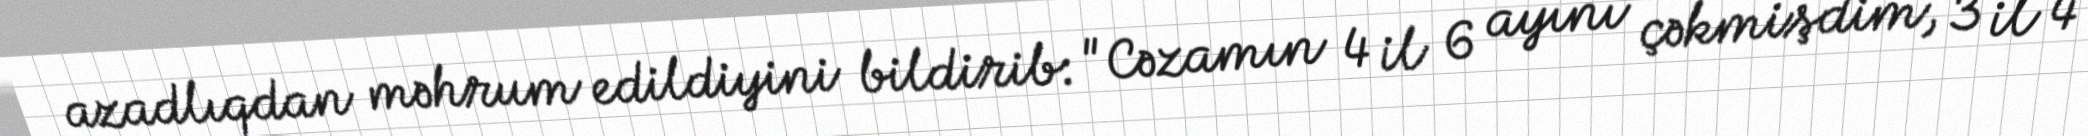
azadlıqdan məhrum edildiyini bildirib: "Cəzamın 4 il 6 ayını çəkmişdim, 3 il 4